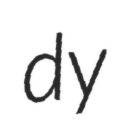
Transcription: dy